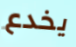
يخدع